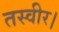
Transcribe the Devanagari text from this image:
तस्वीर।